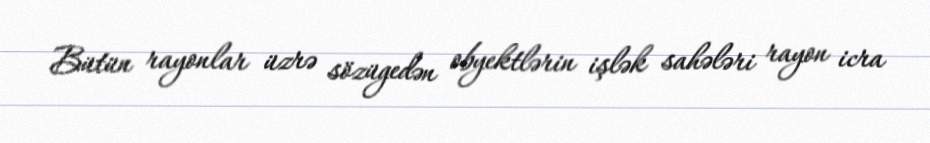
Bütün rayonlar üzrə sözügedən obyektlərin işlək sahələri rayon icra